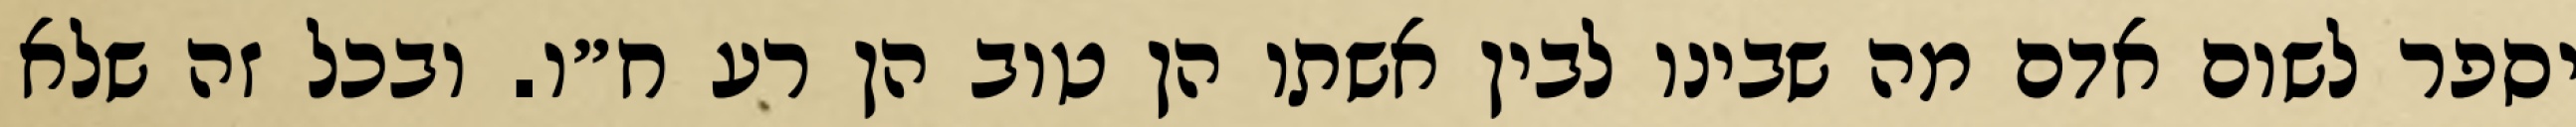
יספר לשום אדם מה שבינו לבין אשתו הן טוב הן רע ח״ו. ובכל זה שלא